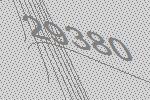
29380